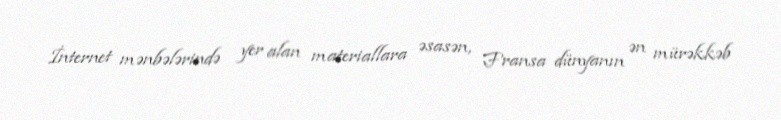
İnternet mənbələrində yer alan materiallara əsasən, Fransa dünyanın ən mürəkkəb